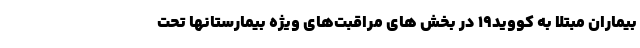
بیماران مبتلا به کووید۱۹ در بخش های مراقبت‌های ویژه بیمارستانها تحت